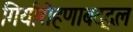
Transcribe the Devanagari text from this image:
गिर्यारोहणाबद्दल